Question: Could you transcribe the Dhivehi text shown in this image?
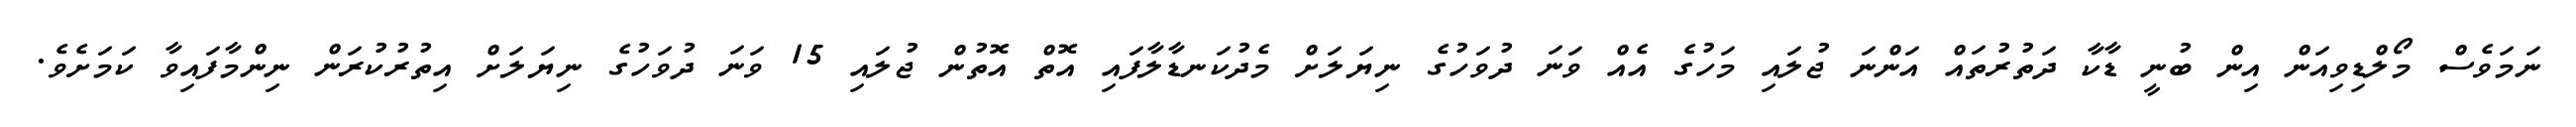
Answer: ނަމަވެސް މޯލްޑިވިއަން އިން ބުނީ ޑާކާ ދަތުރުތައް އަންނަ ޖުލައި މަހުގެ އެއް ވަނަ ދުވަހުގެ ނިޔަލަށް މެދުކަނޑާލާފައި އޮތް އޮތުން ޖުލައި 15 ވަނަ ދުވަހުގެ ނިޔަލަށް އިތުރުކުރަން ނިންމާފައިވާ ކަމަށެވެ.